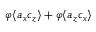
\varphi \langle a _ { x } c _ { z } \rangle + \varphi \langle a _ { z } c _ { x } \rangle